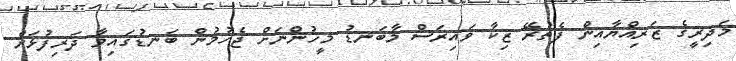
މަދިރީގެ ޒަރިއްޔާއިން ފެތުރޭ ޒިކާ ވައިރަސް މާބަނޑު މީހުންނަށް ޖެހުމުން ބަނޑުގައިވާ ދަރިފުޅަށް